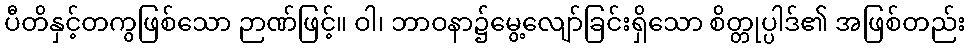
ပီတိနှင့်တကွဖြစ်သော ဉာဏ်ဖြင့်။ ဝါ၊ ဘာဝနာ၌မွေ့လျော်ခြင်းရှိသော စိတ္တုပ္ပါဒ်၏ အဖြစ်တည်း